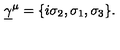
\underline { { \gamma } } ^ { \mu } = \{ i \sigma _ { 2 } , \sigma _ { 1 } , \sigma _ { 3 } \} .